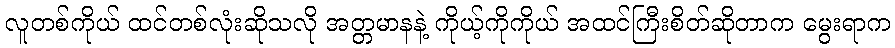
လူတစ်ကိုယ် ထင်တစ်လုံးဆိုသလို အတ္တမာနနဲ့ ကိုယ့်ကိုကိုယ် အထင်ကြီးစိတ်ဆိုတာက မွေးရာက